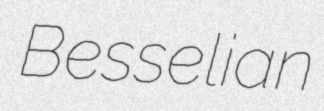
Besselian